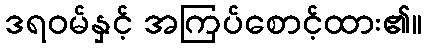
ဒရဝမ်နှင့် အကြပ်စောင့်ထား၏။